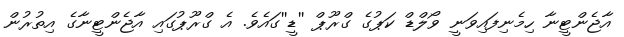
އާޖެންޓީނާ ހިމެނިފައިވަނީ ވޯލްޑް ކަޕުގެ ގްރޫޕް ''ޑީ''ގައެވެ. އެ ގްރޫޕުގައި އާޖެންޓީނާގެ އިތުރުން